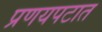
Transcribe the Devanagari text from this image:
प्रणयपटात